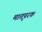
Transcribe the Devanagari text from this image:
मातृपरक